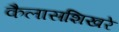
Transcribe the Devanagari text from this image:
कैलासशिखरे